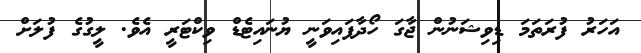
އަހަރު ފުރަތަމަ ޑިވިޝަނުން ޖާގަ ހޯދާފައިވަނީ ޔުނައިޓެޑް ވިކްޓަރީ އެވެ. ލީގުގެ ފުލަށް